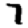
Digit: 7